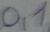
Text: 0,1